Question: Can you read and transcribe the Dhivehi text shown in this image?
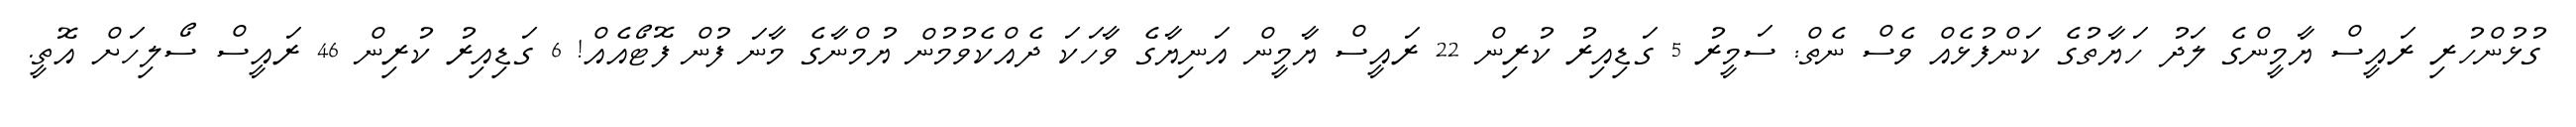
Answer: ގުޅުންހުރި ރައީސް ޔާމީންގެ ލަދު ހަޔާތުގެ ކަންފުޅެއް ވެސް ނެތް: ސަމީރު 5 ގަޑިއިރު ކުރިން 22 ރައީސް ޔާމީން އަނިޔާގެ ވާހަކަ ދެއްކެވުމުން ޔުމްނާގެ މާނަ ފުން ފޮޓޯއެއް! 6 ގަޑިއިރު ކުރިން 46 ރައީސް ސޯލިހަށް އޮތީ.